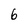
Character: 6